Annual statistical returns and brief notes on vaccination in Bengal - 1909-1929
Year: 1909
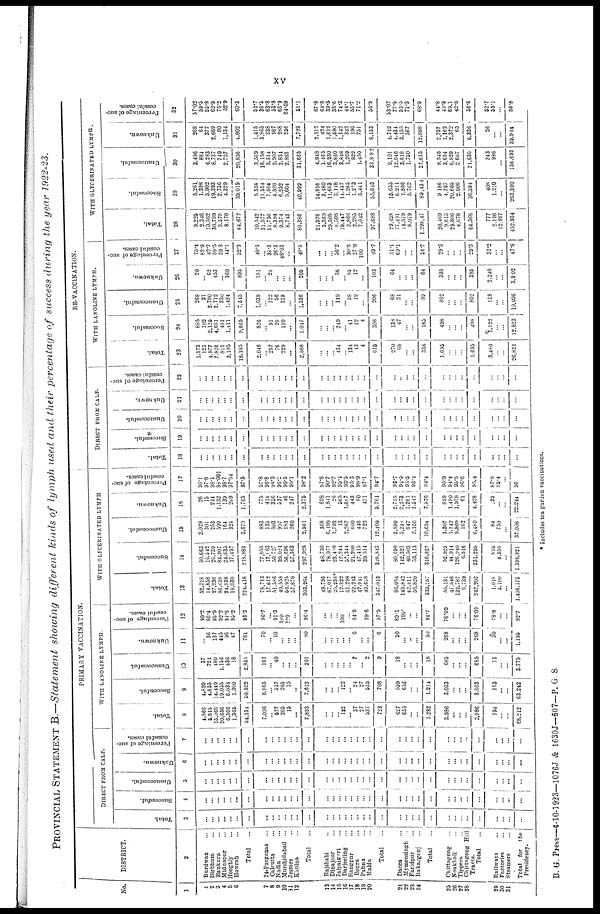
xv
PROVINCIAL STATEMENT B.—Statement showing different kinds of lymph used and their percentage of success during the year 1922-23.
No.
1
1
2
3
4
5
6
7
8
9
10
11
12
13
14
15
16
17
18
19
20
21
22
23
24
25
26
27
28
29
30
31
DISTRICT.
2
Burdwan ...
Birbhum ...
Bankura ...
Midnapur ...
Hooghly ...
Howrah ...
Total ...
24-Parganas ...
Calcutta ...
Nadia ...
Murshidabad ...
Jessore ...
Khulna ...
Total ...
Rajshahi ...
Dinajpur ...
Jalpaigori ...
Darjeeling ...
Rangpur ...
Bogra ...
Pabna ...
Malda ...
Total ...
Dacca ...
Mymensingh ...
Faridpur ...
Bakarganj ...
Total ...
Chittagong ...
Noakhali ...
Tippera ...
Chittagong Bill
Tracts.
Total ...
Railways ...
Factories ...
Steamers ...
Total for the
Presidency.
PRIMARY VACCINATION.
DIRECT FROM CALF.
Total.
3
...
...
...
...
...
...
...
...
...
...
...
...
...
...
...
...
...
...
...
...
...
...
...
...
...
...
...
...
...
...
...
...
...
...
...
...
...
Successful.
4
...
...
...
...
...
...
...
...
...
...
...
...
...
...
...
...
...
...
...
...
...
...
...
...
...
...
...
...
...
...
...
...
...
...
...
...
...
Unsuccessful.
5
...
...
...
...
...
...
...
...
...
...
...
...
...
...
...
...
...
...
...
...
...
...
...
...
...
...
...
...
...
...
...
...
...
...
...
...
...
Unknown.
6
...
...
...
...
...
...
...
...
...
...
...
...
...
...
...
...
...
...
...
...
...
...
...
...
...
...
...
...
...
...
...
...
...
...
...
...
...
Percentage of suc-
cessful cases.
7
...
...
...
...
...
...
...
...
...
...
...
...
...
...
...
...
...
...
...
...
...
...
...
...
...
...
...
...
...
...
...
...
...
...
...
...
...
WITH LANOLINE LYMPH.
Total.
8
4,866
5,615
15,066
20,656
6,566
1,365
54,134
7,096
...
577
205
15
...
7,893
...
...
...
122
...
37
27
537
723
627
655
...
...
1,282
3,986
...
...
...
3,986
194
...
...
68,212
Successful.
9
4,829
4,855
14,449
19,055
6,034
1,300
50,522
6,865
...
527
205
15
...
7,612
...
...
...
122
...
24
27
535
708
559
655
...
...
1,214
3,033
...
...
...
3,033
153
...
...
63,242
Unsuccessful.
10
37
724
480
1,156
436
18
2,851
161
...
40
...
...
...
201
...
...
...
...
...
7
...
2
9
18
...
...
...
18
685
...
...
...
685
11
...
...
3,775
Unknown.
11
...
36
137
445
96
47
761
70
...
10
...
...
...
80
...
...
...
...
...
6
...
...
6
50
...
...
...
50
268
...
...
...
268
30
...
...
1,196
Percentage of suc-
cessful cases.
12
99.2
86.4
95.9
92.2
91.8
95.2
93.3
96.7
...
91.3
100
100
...
96.4
...
...
...
100
...
64.8
...
99.6
97.9
89.1
100.
...
...
94.7
76.09
...
...
...
76.09
78.8
...
...
92.7
WITH GLYCERNATED LYMPH
Total.
13
52,718
14,858
27,236
86,638
24,938
18,030
224,418
78,713
17,612
51,586
40,558
56,925
57,870
303,264
49,796
87,017
25,238*
12,822
61,298
22,243
47,941
40,658
347,013
86,084
149,842
42,411
56,820
335,157
55,131
47,546
132,787
6,739
242,203
1,018
5,100
...
1,458,173
Successful.
14
50,663
16,542
26,739
84,907
24,635
17,497
218,983
77,055
17,163
50,727
39,024
56,696
57,363
297,928
48,730
78,977
23,409
12,244
57,344
21,200
47,415
39,514
328,843
30,690
142,321
40,503
53,113
316,627
52,925
44,914
126,940
6,516
231,295
835
4,350
...
1,398,921
Unsuccessful.
15
2,029
301
253
599
164
324
3,670
883
135
503
997
183
260
2,961
368
6,199
1,793
13
2,267
600
446
723
12,409
2,599
5,248
647
2,160
10,654
1,307
1,142
9,869
162
6,480
84
750
...
37,008
Unknown.
16
26
15
244
1,132
139
209
1,765
775
414
356
537
46
247
2,375
698
1,841
26
565
1,687
443
80
421
5,761
2,795
2,273
1,261
1,547
7,676
899
1,490
1,978
61 !
4,428
39
...
...
22,244
Percentage of suc-
cessful cases.
17
96.1
97.8
98.1
98.001
98.7
97.94
97.5
97.8
96.8
98.3
96.2
99.5
99.1
98.2
97.8
90.7
92.7
95.4
93.5
95.3
98.9
97.1
94.7
93.7
94.9
95.5
93.4
94.4
95.9
94.4
95.5
96.6
95.4
87.9
85.4
...
96
RE-VACCINATION.
DIRECT FROM CALF.
Total.
18
...
...
...
...
...
...
...
...
...
...
...
...
...
...
...
...
...
...
...
...
...
...
...
...
...
...
...
...
...
...
... ...
...
...
...
...
...
Successful.
19
...
...
...
...
...
...
...
...
...
...
...
...
...
...
...
...
...
...
...
...
...
...
...
...
...
...
...
...
...
...
...
...
...
...
...
...
...
Unsuccessful.
20
...
...
...
...
...
...
...
...
...
...
...
...
...
...
...
...
...
...
...
...
...
...
...
...
...
...
...
...
...
...
...
...
...
...
...
...
...
Unknown.
21
...
...
...
...
...
...
...
...
...
...
...
...
...
...
...
...
...
...
...
...
...
...
...
...
...
...
...
...
...
...
...
...
...
...
...
...
...
Percentage of suc-
cessful cases.
22
...
...
...
...
...
...
...
...
...
...
...
...
...
...
...
...
...
...
...
...
...
...
...
...
...
...
...
...
...
...
...
...
...
...
...
...
...
WITH LANOLINE LYMPH.
Total.
23
1,173
123
4,977
7,826
811
3,195
18,105
2,046
...
237
76
229
...
2,588
...
...
...
434
...
134
43
4
616
270
68
...
...
338
1,695
...
...
...
1,695
...
...
...
26,821
Successful.
24
885
102
2,125
4,661
481
1,111
9,665
826
...
91
20
110
...
1,047
...
...
...
249
...
41
12
4
306
138
47
...
...
185
498
...
...
...
498
...
...
...
12,823
Unsuccessful.
25
268
21
2,790
2,712
330
1,424
7,545
1,039
...
122
56
119
...
1,336
...
...
...
149
...
38
19
...
206
68
21
...
...
89
802
...
...
...
802
...
...
...
10,096
Unknown.
26
20
...
62
453
...
360
895
181
...
24
...
...
...
205
...
...
...
36
...
55
12
...
103
64
...
...
...
64
395
...
...
...
395
...
...
...
3,902
Percentage of suc-
cessful cases.
27
75.4
82.9
42.7
59.5
59.3
44.1
52.3
40.3
...
38.3
26.3
48.03
...
40.5
...
...
...
56.2
...
30.6
27.9
100
49.7
51.1
69.1
...
...
54.7
29.3
...
...
...
29.3
...
...
...
47.8
WITH GLYCERINATED LYMPH.
Total.
28
9,225
2,346
10,562
30,799
3,575
8,170
64,677
10,542
31,577
11,756
8,394
9,374
8,743
80,386
21,976
5,369
29,505
8,598
19,447
2,866
2,285
7,642
97,688
29,498
77,491
14,579
8,079
1,298,47
20,469
9,613
29,806
4,678
64,566
...
...
12,997
452,934
Successful.
29
5,261
1,398
5,902
19,393
2,736
4,329
39,019
5,558
11,554
7,504
4,520
6,252
5,604
40,992
14,916
3,480
11,663
3,148
14,457
1,265
1,273
5,441
55,643
15,655
6,211
7,806
5,762
89,434
9,186
4,797
20,605
2,006
36,594
...
1,210
...
263,300
Unsuccessful.
30
3,496
884
4,283
8,737
749
2,707
20,856
3,569
16,158
3,314
2,907
2,834
2,883
31,665
4,948
1,465
16,230
3,860
3,848
1,269
822
1,450
33,892
9,101
12,846
3,618
1,750
27,615
8,546
3,654
6,829
2,607
21,636
...
...
...
136,693
Unknown.
31
268
64
377
2,669
90
1,134
4,802
1,415
3,865
938
967
288
256
7,729
2,112
424
1,612
1,690
1,142
332
190
751
8,153
4,742
4,434
3,155
567
12,898
2,737
1,162
2,372
65
6,336
...
...
...
39,944
Percentage of suc-
cessful cases.
32
57.02
59.5
55.8
62.9
76.2
52.9
60.3
52.7
36.5
63.8
53.8
66.9
64.09
51.1
67.8
64.8
39.5
36.6
74.3
44.1
55.7
71.2
56.9
53.07
77.9
53.5
71.3
68.9
44.8
49.9
69.1
42.8
56.6
...
...
...
59.8
* Includes tea garden vaccinations.
B. G. Press—4-10-1923—1076J & 1630J—607—P. G S.